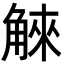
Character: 䚞